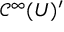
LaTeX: { \mathcal { C } } ^ { \infty } ( U ) ^ { \prime }